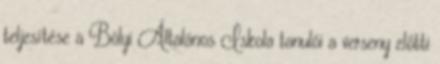
teljesítése a Bólyi Általános Iskola tanulói a verseny előtti